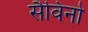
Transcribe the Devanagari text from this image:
सैविनो